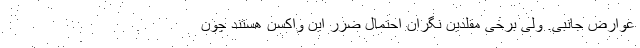
عوارض جانبی. ولی برخی مقلدین نگران احتمال ضرر این واکسن هستند چون